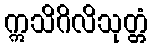
ဣသိဂိလိသုတ္တံ